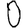
Digit: 0